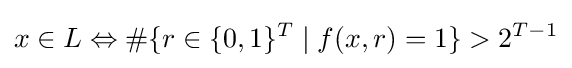
x\in L\Leftrightarrow \#\{r\in \{0,1\}^{T}\mid f(x,r)=1\}>2^{T-1}